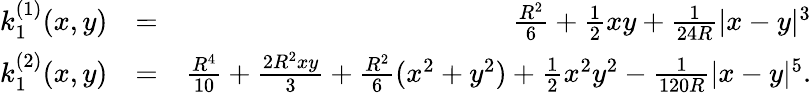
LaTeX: \begin{array}{rlr}{k_{1}^{(1)}(x,y)}&{=}&{\frac{R^{2}}{6}+\frac{1}{2}xy+\frac{1}{24R}|x-y|^{3}}\\ {k_{1}^{(2)}(x,y)}&{=}&{\frac{R^{4}}{10}+\frac{2R^{2}xy}{3}+\frac{R^{2}}{6}(x^{2}+y^{2})+\frac{1}{2}x^{2}y^{2}-\frac{1}{120R}|x-y|^{5}.}\end{array}